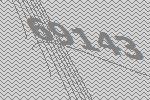
69143